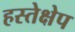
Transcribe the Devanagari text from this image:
हस्तेक्षेप